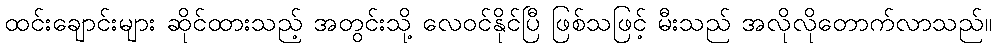
ထင်းချောင်းများ ဆိုင်ထားသည့် အတွင်းသို့ လေဝင်နိုင်ပြီ ဖြစ်သဖြင့် မီးသည် အလိုလိုတောက်လာသည်။